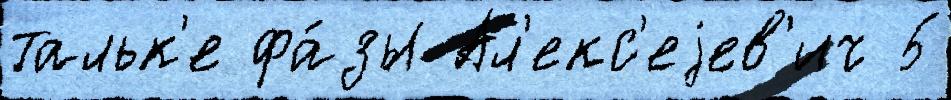
тальк'е фа́зы Ал'екс'еjев'ич 5